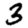
Digit: 3